Vaccination United Provinces of Agra and Oudh 1923-1928 - 1923-1928
Year: 1923
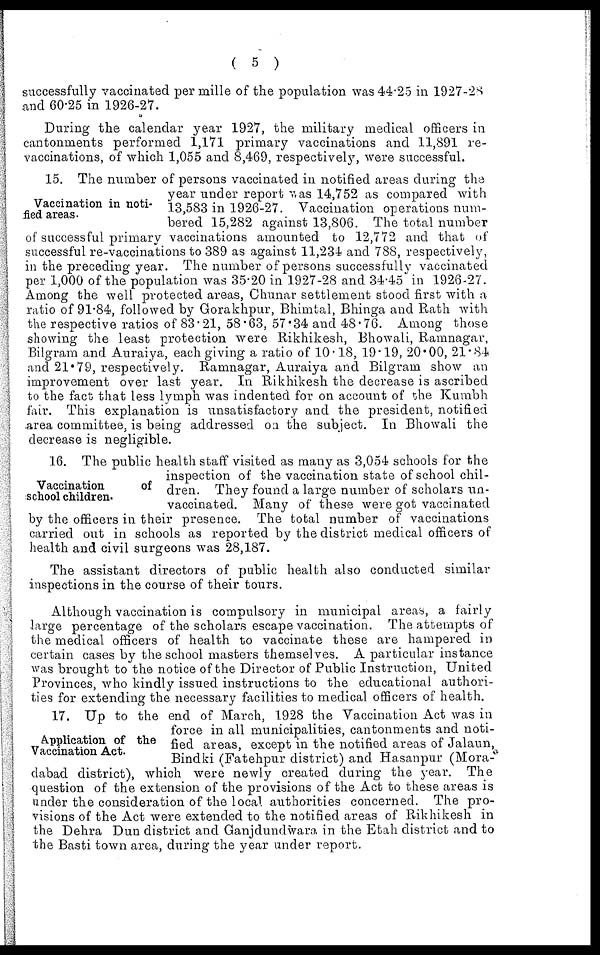
( 5 )
successfully vaccinated per mille of the population was 44.25 in 1927-28
and 60.25 in 1926-27.
During the calendar year 1927, the military medical officers in
cantonments performed 1,171 primary vaccinations and 11,891 re-
vaccinations, of which 1,055 and 8,469, respectively, were successful.
Vaccination in noti-
fied areas.
15. The number of persons vaccinated in notified areas during the
year under report was 14,752 as compared with
13,583 in 1926-27. Vaccination operations num-
bered 15,282 against 13,806. The total number
of successful primary vaccinations amounted to 12,772 and that of
successful re-vaccinations to 389 as against 11,234 and 788, respectively,
in the preceding year. The number of persons successfully vaccinated
per 1,000 of the population was 35.20 in 1927-28 and 34.45 in 1926-27.
Among the well protected areas, Chunar settlement stood first with a
ratio of 91.84, followed by Gorakhpur, Bhimtal, Bhinga and Rath with
the respective ratios of 83.21, 58.63, 57.34 and 48.76. Among those
showing the least protection were Rikhikesh, Bhowali, Ramnagar,
Bilgram and Auraiya, each giving a ratio of 10.18, 19.19, 20.00, 21.84
and 21.79, respectively. Ramnagar, Auraiya and Bilgram show an
improvement over last year. In Rikhikesh the decrease is ascribed
to the fact that less lymph was indented for on account of the Kumbh
fair. This explanation is unsatisfactory and the president, notified
area committee, is being addressed on the subject. In Bhowali the
decrease is negligible.
Vaccination
of
school children.
16. The public health staff visited as many as 3,054 schools for the
inspection of the vaccination state of school chil-
dren. They found a large number of scholars un-
vaccinated. Many of these were got vaccinated
by the officers in their presence. The total number of vaccinations
carried out in schools as reported by the district medical officers of
health and civil surgeons was 28,187.
The assistant directors of public health also conducted similar
inspections in the course of their tours.
Although vaccination is compulsory in municipal areas, a fairly
large percentage of the scholars escape vaccination. The attempts of
the medical officers of health to vaccinate these are hampered in
certain cases by the school masters themselves. A particular instance
was brought to the notice of the Director of Public Instruction, United
Provinces, who kindly issued instructions to the educational authori-
ties for extending the necessary facilities to medical officers of health.
Application of the
Vaccination Act.
17. Up to the end of March, 1928 the Vaccination Act was in
force in all municipalities, cantonments and noti-
fied areas, except in the notified areas of Jalaun,
Bindki (Fatehpur district) and Hasanpur (Mora-
dabad district), which were newly created during the year. The
question of the extension of the provisions of the Act to these areas is
under the consideration of the local authorities concerned. The pro-
visions of the Act were extended to the notified areas of Rikhikesh in
the Dehra Dun district and Ganjdundwara in the Etah district and to
the Basti town area, during the year under report.